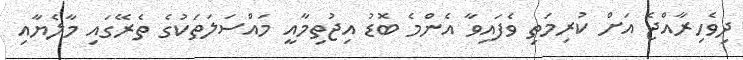
ދިވެހިރާއްޖެ އަށް ކުރިމަތި ވެފައިވާ އެންމެ ބޮޑު އިޖުތިމާއީ މައްސަލަތަކުގެ ތެރޭގައި މާލެޔާއި